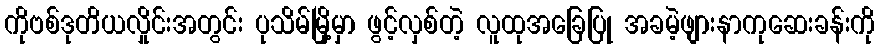
ကိုဗစ်ဒုတိယလှိုင်းအတွင်း ပုသိမ်မြို့မှာ ဖွင့်လှစ်တဲ့ လူထုအခြေပြု အခမဲ့ဖျားနာကုဆေးခန်းကို